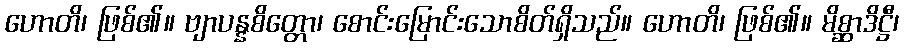
ဟောတိ၊ ဖြစ်၏။ ဗျာပန္နစိတ္တော၊ စောင်းမြောင်းသောစိတ်ရှိသည်။ ဟောတိ၊ ဖြစ်၏။ မိစ္ဆာဒိဋ္ဌီ၊